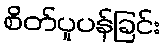
စိတ်ပူပန်ခြင်း